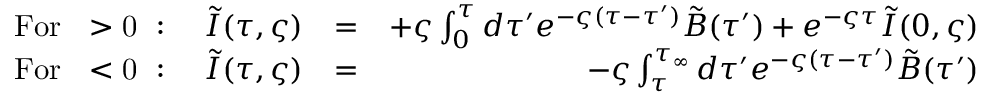
\begin{array} { r l r } { \mathrm { F o r ~ \varsigma > 0 ~ } : \quad \tilde { I } ( \tau , \varsigma ) } & { = } & { + \varsigma \int _ { 0 } ^ { \tau } d \tau ^ { \prime } e ^ { - \varsigma ( \tau - \tau ^ { \prime } ) } \tilde { B } ( \tau ^ { \prime } ) + e ^ { - \varsigma \tau } \tilde { I } ( 0 , \varsigma ) } \\ { \mathrm { F o r ~ \varsigma < 0 ~ } : \quad \tilde { I } ( \tau , \varsigma ) } & { = } & { - \varsigma \int _ { \tau } ^ { \tau _ { \infty } } d \tau ^ { \prime } e ^ { - \varsigma ( \tau - \tau ^ { \prime } ) } \tilde { B } ( \tau ^ { \prime } ) } \end{array}